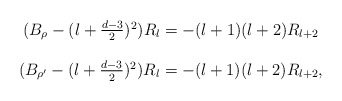
\begin{align*} \begin{array}{c}( B_{\rho}-(l+\frac{d-3}{2})^2 ) R_l = -(l+1)(l+2) R_{l+2}\\ \\(B_{\rho'}-(l+\frac{d-3}{2})^2 ) R_l = -(l+1)(l+2) R_{l+2}, \end{array}\end{align*}